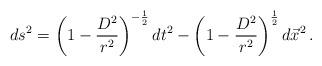
LaTeX: \begin{align*}ds^{2} = \left( 1- \frac{D^{2}}{r^{2}} \right)^{-\frac{1}{2}} dt^{2}-\left( 1- \frac{D^{2}}{r^{2}} \right)^{\frac{1}{2}}d\vec{x}^{2}\, .\end{align*}